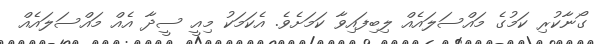
ގޯނާކުރި ކަމުގެ މައްސަލައެއް ލިބިފައިވާ ކަމަށެވެ. އެކަމަކު މިއީ ސީދާ އެއް މައްސަލައެއް